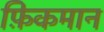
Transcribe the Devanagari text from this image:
फ़िकमान